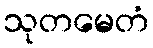
သုတမေတံ